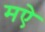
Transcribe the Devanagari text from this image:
मऐ